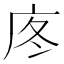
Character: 庝